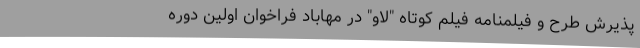
پذیرش طرح و فیلمنامه فیلم کوتاه "لاو" در مهاباد فراخوان اولین دوره